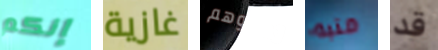
إنكم غازية تدعوهم منبه قد